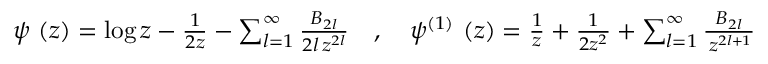
\begin{array} { r } { \psi \, \left( z \right) = \log z - \frac { 1 } { 2 z } - \sum _ { l = 1 } ^ { \infty } \frac { B _ { 2 l } } { 2 l \, z ^ { 2 l } } \quad , \quad \psi ^ { \left( 1 \right) } \, \left( z \right) = \frac { 1 } { z } + \frac { 1 } { 2 z ^ { 2 } } + \sum _ { l = 1 } ^ { \infty } \frac { B _ { 2 l } } { \, z ^ { 2 l + 1 } } } \end{array}